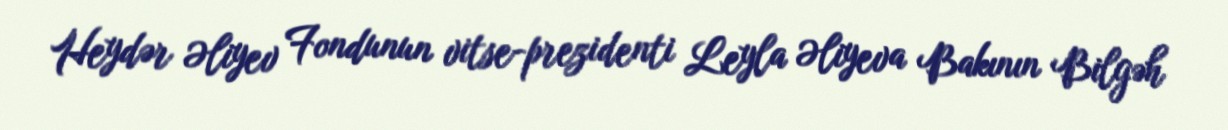
Heydər Əliyev Fondunun vitse-prezidenti Leyla Əliyeva Bakının Bilgəh